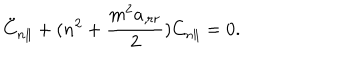
LaTeX: \ddot { C } _ { n \parallel } + ( n ^ { 2 } + \frac { m ^ { 2 } a _ { , r r } } { 2 } ) C _ { n \parallel } = 0 .